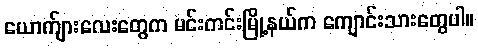
ယောက်ျားလေးတွေက မင်းကင်းမြို့နယ်က ကျောင်းသားတွေပါ။